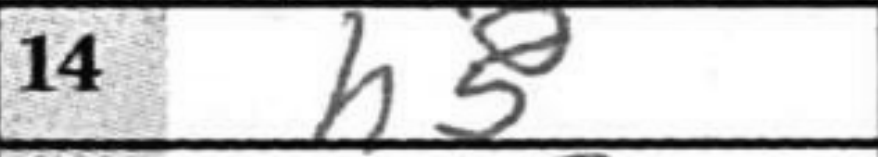
Transcription: h5